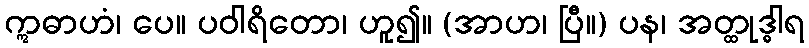
ဣဓာဟံ၊ ပေ။ ပဝါရိတော၊ ဟူ၍။ (အာဟ၊ ပြီ။) ပန၊ အတ္ထုဒ္ဓါရ